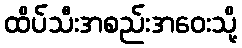
ထိပ်သီးအစည်းအဝေးသို့